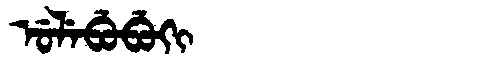
Manchu: ᡠᠯᡝᠪᡠᠪᡠᡴᡳ
Romanization: ULEBUBUKI